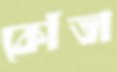
কোঁতা